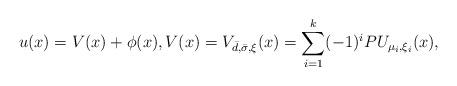
LaTeX: \begin{align*}u(x)=V(x)+\phi(x),V(x)=V_{\bar{d},\bar{\sigma},\xi}(x)=\sum_{i=1}^k(-1)^iPU_{\mu_i,\xi_i}(x),\end{align*}